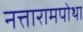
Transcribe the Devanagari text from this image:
नत्तारामपोथा